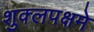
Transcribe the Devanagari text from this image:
शुक्लपक्षमे